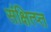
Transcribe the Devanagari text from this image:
संक्षित्प्त